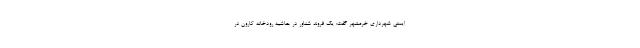
ایمنی شهرداری خرمشهر گفت: یک فروند شناور در حاشیه رودخانه کارون در